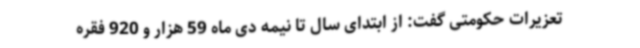
تعزیرات حکومتی گفت: از ابتدای سال تا نیمه دی ماه 59 هزار و 920 فقره